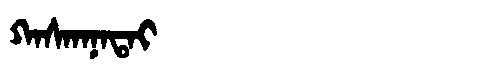
Manchu: ᡴᠠᠰᡴᠠᠨᠠᡨᠠᡳ
Romanization: KASKANATAI